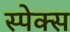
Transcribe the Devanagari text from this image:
स्पेक्स